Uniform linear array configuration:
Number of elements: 16
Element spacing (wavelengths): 0.25
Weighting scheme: cosine
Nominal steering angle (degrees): -30
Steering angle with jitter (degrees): -31.055
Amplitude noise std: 0.05
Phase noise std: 0.05

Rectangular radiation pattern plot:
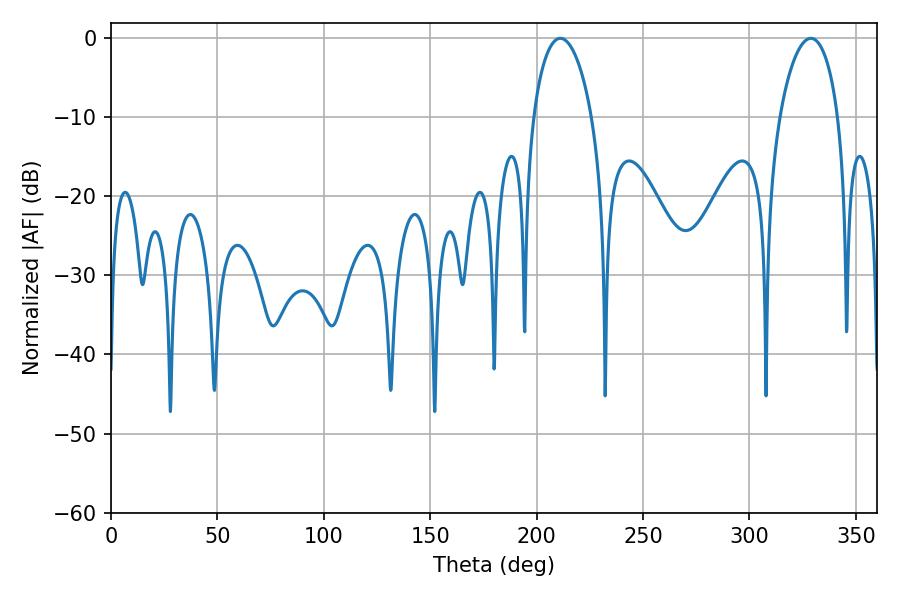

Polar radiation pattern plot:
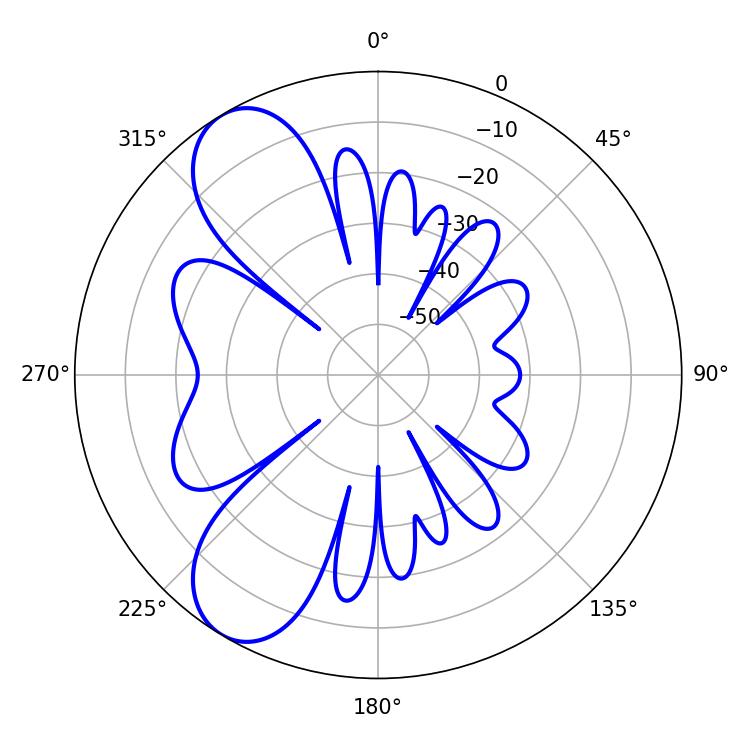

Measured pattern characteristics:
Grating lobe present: FALSE
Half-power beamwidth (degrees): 15.84
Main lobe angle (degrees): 211.14